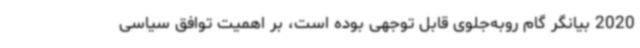
2020 بیانگر گام روبه‌جلوی قابل توجهی بوده است، بر اهمیت توافق سیاسی